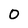
Character: 0